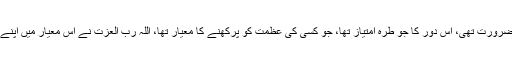
گویا اُس دور کی جو کلچرل ضرورت تھی، اُس دور کا جو طرہ امتیاز تھا، جو کسی کی عظمت کو پرکھنے کا معیار تھا، اللہ رب العزت نے اُس معیار میں اپنے نبی کو انفرادیت عطا کردی۔